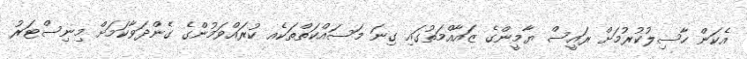
އެކަން ހާސިލުކުރުމަށް ރައީސް ޔާމީންގެ ޒައާއްމަތުގައި ގިނަ މަސައްކަތްތަކެއ ކުރައްވަމުންގެ ގެންދަވާކަމަށް މިނިސްޓަރު